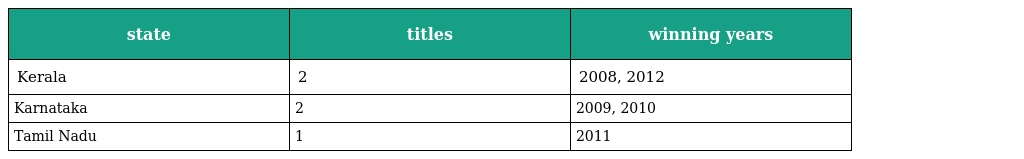
| state | titles | winning years |
 | --- | --- | --- |
 | Kerala | 2 | 2008, 2012 |
 | Karnataka | 2 | 2009, 2010 |
 | Tamil Nadu | 1 | 2011 |